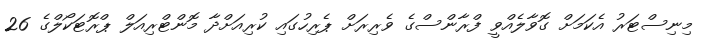
މިނިސްޓަރު އެކަމަށް ގޮވާލެއްވީ ފްރާންސްގެ ވެރިރަށް ޕެރިހުގައި ކުރިއަށްދާ މޮންޓްރިއަލް ޕްރޮޓަކޯލްގެ 26